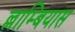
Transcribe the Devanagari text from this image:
ल्लाम्बियास